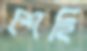
শেহি